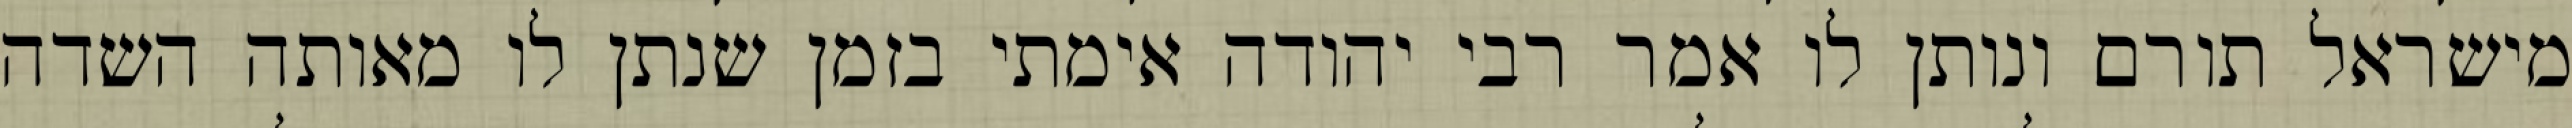
מישראל תורם ונותן לו אמר רבי יהודה אימתי בזמן שנתן לו מאותה השדה